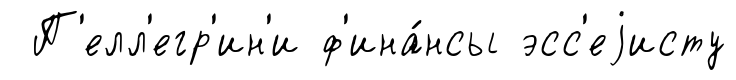
П'елл'егр'ин'и ф'ина́нсы эсс'еjисту